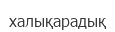
халықарадық